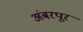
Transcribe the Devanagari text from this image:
अंबरपूर